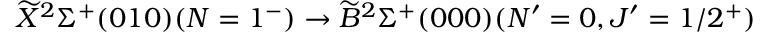
\widetilde { X } ^ { 2 } \Sigma ^ { + } ( 0 1 0 ) ( N = 1 ^ { - } ) \rightarrow \widetilde { B } ^ { 2 } \Sigma ^ { + } ( 0 0 0 ) ( N ^ { \prime } = 0 , J ^ { \prime } = 1 / 2 ^ { + } )